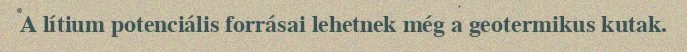
A lítium potenciális forrásai lehetnek még a geotermikus kutak.